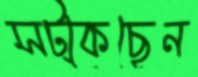
সট্‌কেছেন